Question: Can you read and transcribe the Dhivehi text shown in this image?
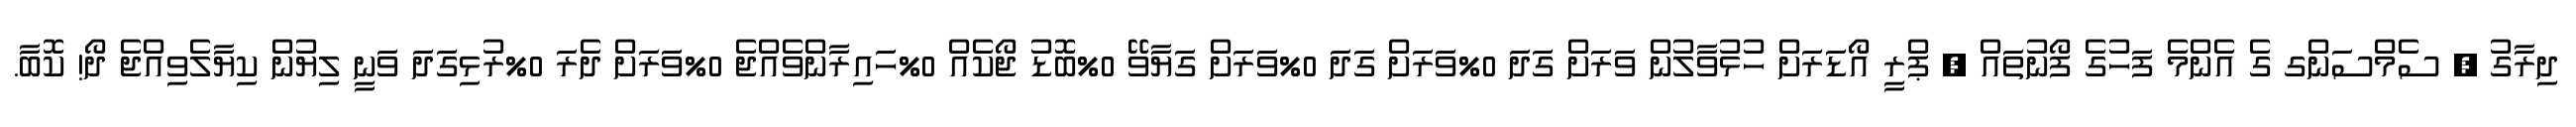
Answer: ދިރާގު , ސެމްސަންގ ގެ އެންމެ ފަހުގެ ފޯނުތައް , ޕްރީ އޯޑަރަށް ހުޅުވާލުން ވަރަށް ގަދަ 0%ވަރަށް ގަދަ 0%ވަރަށް ގަޔާވޭ 0%ބޮޑު ޖޯކެއް 0%ހައިރާންވެއްޖެ 0%ވަރަށް ދެރަ 0%ރުޅިގަދަ ވަނީ ލިޔުން ކިޔާލެވިއްޖެ ދޯ! ކޮބާ.